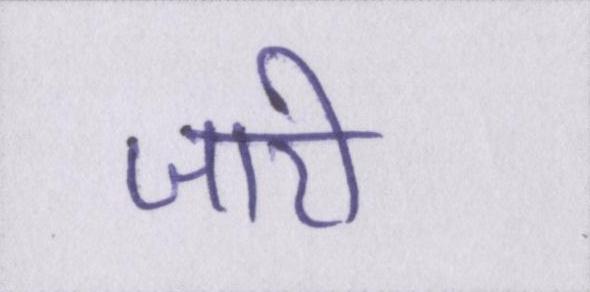
जारी